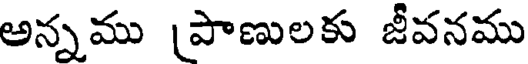
అన్నము [పాణులకు జీవనము